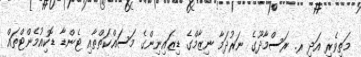
މަތިވެރި އަދި ރ. ރަސްމާދޫގެ ނަރުދަމާ ނިޒާމްގެ ޑިޒައިނިންގެ މަސައްކަތްތާއި ޓެންޑާ ޑޮކިއުމެންޓްތައް